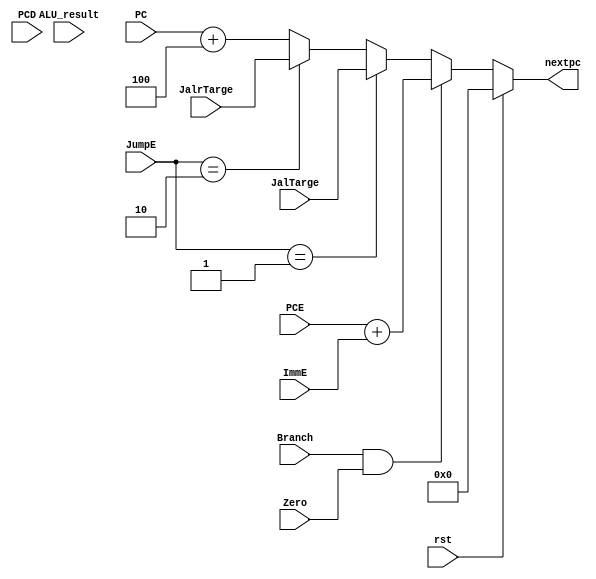
`timescale 1ns / 1ps
//////////////////////////////////////////////////////////////////////////////////
// Company: 
// Engineer: 
// 
// Design Name: 
// Module Name: PC
// Project Name: 
// Target Devices: 
// Tool Versions: 
// Description: 
// 
// Dependencies: 
// 
// Revision:
// Revision 0.01 - File Created
// Additional Comments:
// 
//////////////////////////////////////////////////////////////////////////////////
module PC(
    input [31:0] PC, PCD, PCE,
    input rst,
    input [1:0] JumpE,
    //input [1:0] JumpD,
    input Branch,
    input [31:0] ImmE,
    //input [31:0] ImmD,
    input Zero,               
    input [31:0] ALU_result,
    input [31:0] JalTarge, JalrTarge,
    output reg [31:0] nextpc
    );
    wire [31:0] PCplus4, BranchTarge;
    wire BrandAND;
    //assign JalTarge    = PCE + ALU_result;            //jal  address
    //assign JalrTarge   = ALU_result;   //jalr address 
    assign BranchTarge = PCE + ImmE;
    assign PCplus4     = PC  + 32'd4;         //PCF + 4         
    
    assign BranchAND = Branch & Zero;  
    
    always @(*) begin
        if(rst == 1) nextpc <= 0;
        else begin
            if(BranchAND)            nextpc <= BranchTarge;  //branch   
            else if(JumpE == 2'b01) nextpc <= JalTarge;     //jal 
            else if(JumpE == 2'b10) nextpc <= JalrTarge;    //auipc and jalr
            else                     nextpc <= PCplus4;      //PC+4
        end
    end
endmodule